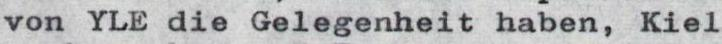
von YLE die Gelegenheit haben, Kiel